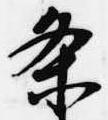
条